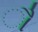
ૌ